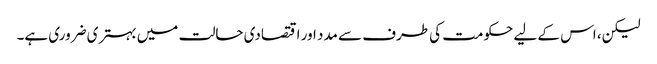
لیکن، اس کے لیے حکومت کی طرف سے مدد اور اقتصادی حالت میں بہتری ضروری ہے۔